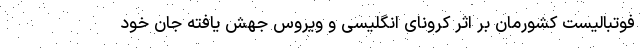
فوتبالیست کشورمان بر اثر کرونای انگلیسی و ویروس جهش یافته جان خود